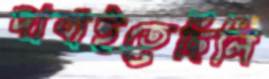
দাবাইতেছিলি